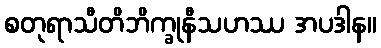
စတုရာသီတိဘိက္ခုနီသဟဿ အပဒါန။